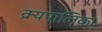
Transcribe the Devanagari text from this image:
क्र्यपालिका